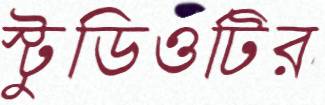
স্টুডিওটির